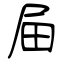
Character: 屇